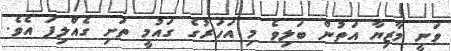
ވަނީ މާޒިޔާ އަތުން ބަލިވެ މި އަހަރުގެ ގައުމީ ތަށި ގެއްލިފަ އެވެ.